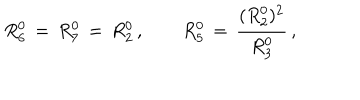
LaTeX: R _ { 6 } ^ { 0 } \, = \, R _ { 7 } ^ { 0 } \, = \, R _ { 2 } ^ { 0 } \, , \qquad R _ { 5 } ^ { 0 } \, = \, \frac { ( R _ { 2 } ^ { 0 } ) ^ { 2 } } { R _ { 3 } ^ { 0 } } \, ,